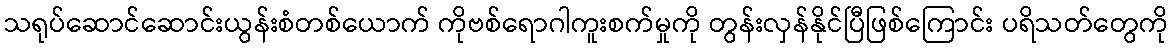
သရုပ်ဆောင်ဆောင်းယွန်းစံတစ်ယောက် ကိုဗစ်ရောဂါကူးစက်မှုကို တွန်းလှန်နိုင်ပြီဖြစ်ကြောင်း ပရိသတ်တွေကို